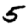
Digit: 5